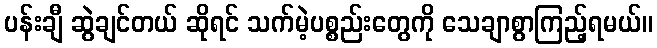
ပန်းချီ ဆွဲချင်တယ် ဆိုရင် သက်မဲ့ပစ္စည်းတွေကို သေချာစွာကြည့်ရမယ်။